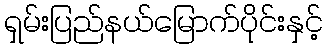
ရှမ်းပြည်နယ်မြောက်ပိုင်းနှင့်